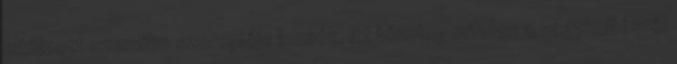
eltúlzott szexfilm szereplője lennék. Itt tényleg minden a vágykeltésről